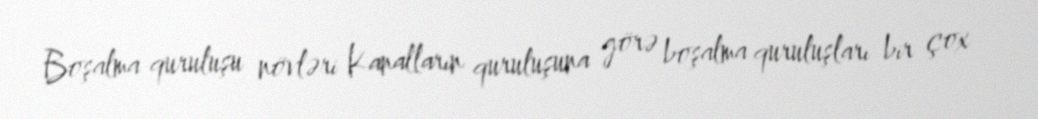
Boşalma quruluşu növləri Kanalların quruluşuna görə boşalma quruluşları bir çox